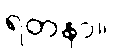
ရတနာ။)